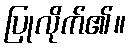
ပြုလိုက်၏။